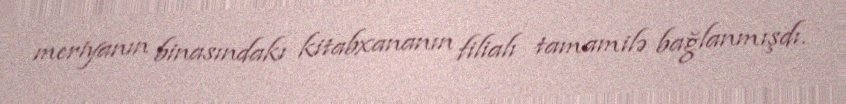
meriyanın binasındakı kitabxananın filialı tamamilə bağlanmışdı.